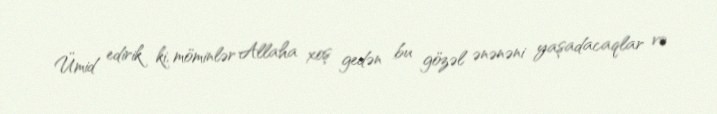
Ümid edirik ki, möminlər Allaha xoş gedən bu gözəl ənənəni yaşadacaqlar və